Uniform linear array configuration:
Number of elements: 24
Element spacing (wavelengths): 0.25
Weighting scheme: binomial
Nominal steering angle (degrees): -15
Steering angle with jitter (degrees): -16.085
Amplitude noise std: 0.05
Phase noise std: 0.05

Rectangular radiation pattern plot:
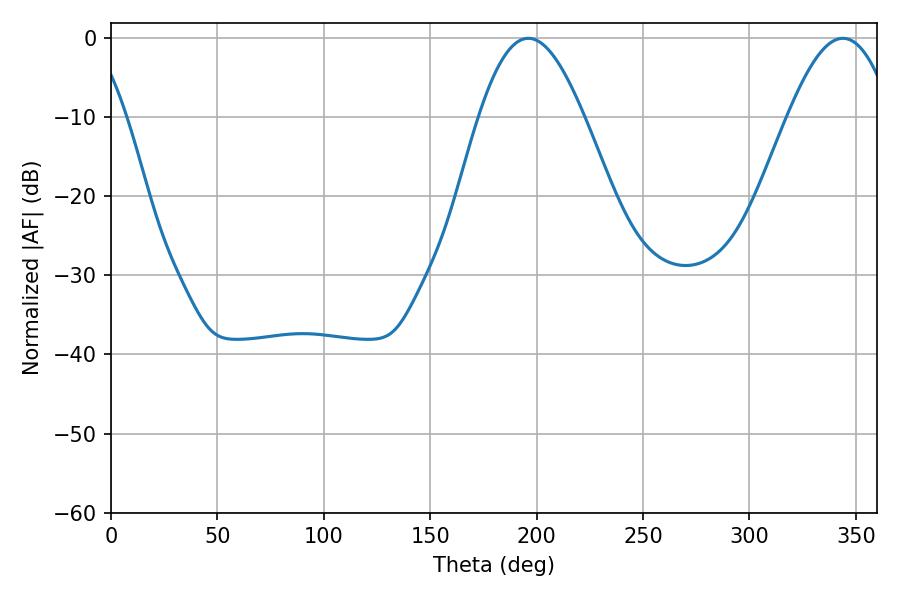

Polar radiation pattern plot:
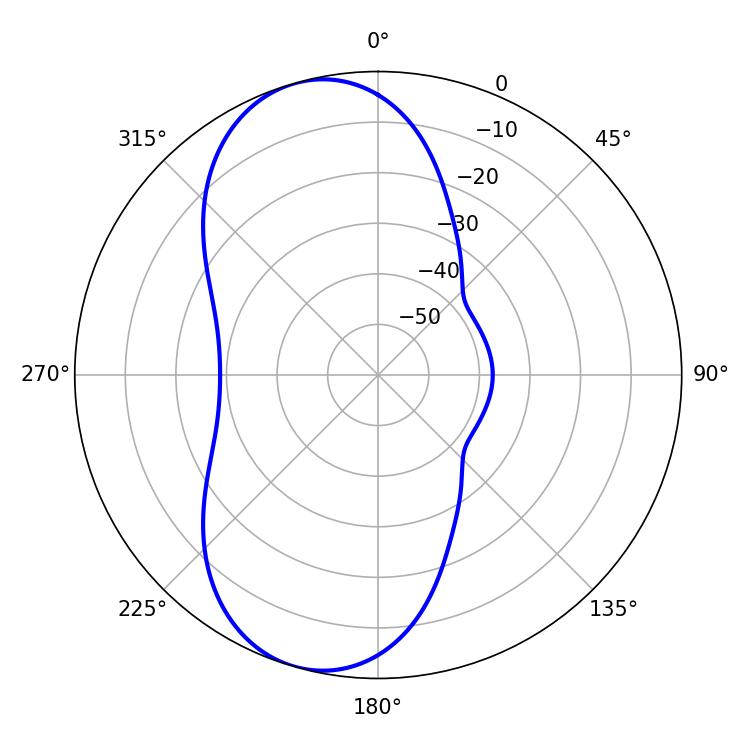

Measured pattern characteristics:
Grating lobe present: FALSE
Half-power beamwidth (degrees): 26.64
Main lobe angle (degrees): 196.02